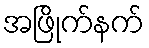
အဖြိုက်နက်